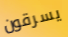
يسرقون